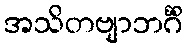
အသိတဗျာဘင်္ဂိံ